Annual report of the Punjab Veterinary College and of the Civil Veterinary Department, Punjab - 1909-1919
Year: 1909
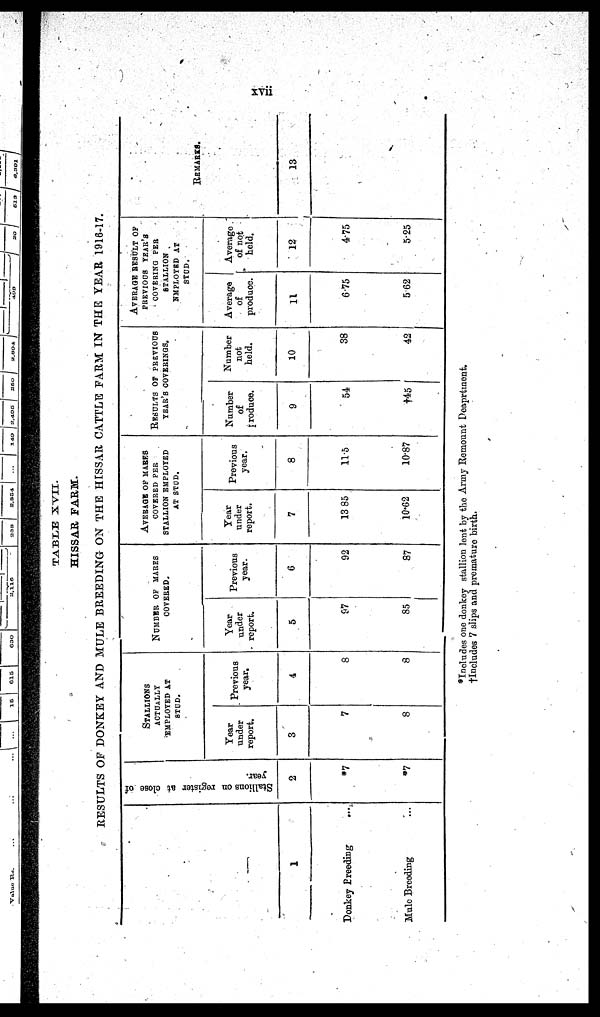
xvii
TABLE XVII.
HISSAR FARM.
RESULTS OF DONKEY AND MULE BREEDING ON THE HISSAR CATTLE FARM IN THE YEAR 1916-17.
1
Donkey Breeding
...
Mule Breeding ...
Stallions on register at close of
year.
2
*7
*7
STALLIONS
ACTUALLY
EMPLOYED AT
STUD.
Year
under
report.
3
7
8
Previous
year.
4
8
8
NUMBER OF MARES
COVERED.
Year
under
report.
5
97
85
Previous
year.
6
92
87
AVERAGE OF MARES
COVERED PER
STALLION EMPLOYED
AT STUD.
Year
under
report.
7
13.85
10.62
Previous
year.
8
11.5
10.87
RESULTS OF PREVIOUS
YEAR'S COVERINGS.
Number
of
Produce.
9
54
† 45
Number
not
held.
10
38
42
AVERAGE RESULT OF
PREVIOUS YEAR'S
COVERING PER
STALLION
EMPLOYED AT
STUD.
Average
of
produce.
11
6.75
5.62
Average
of not
held.
12
4.75
5.25
REMARKS.
13
*Includes one donkey stallion lent by the Army Remount Department.
† Includes 7 slips and premature birth.